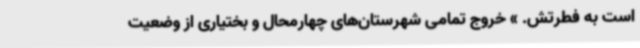
است به فطرتش. » خروج تمامی شهرستان‌های چهارمحال و بختیاری از وضعیت